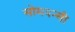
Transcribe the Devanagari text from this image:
सोमबन्सी